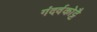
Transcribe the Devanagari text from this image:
गंदर्वकोट्टै